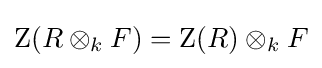
\operatorname {Z} (R\otimes _{k}F)=\operatorname {Z} (R)\otimes _{k}F